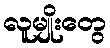
လူမျိုးတွေ